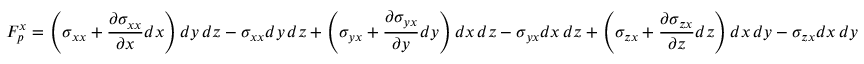
F _ { p } ^ { x } = \left( \sigma _ { x x } + { \frac { \partial \sigma _ { x x } } { \partial x } } d x \right) d y \, d z - \sigma _ { x x } d y \, d z + \left( \sigma _ { y x } + { \frac { \partial \sigma _ { y x } } { \partial y } } d y \right) d x \, d z - \sigma _ { y x } d x \, d z + \left( \sigma _ { z x } + { \frac { \partial \sigma _ { z x } } { \partial z } } d z \right) d x \, d y - \sigma _ { z x } d x \, d y